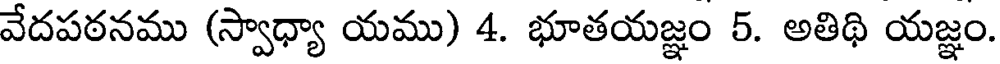
వేదపఠనము (స్వాధ్యా యము) 4. భూతయజ్ఞం 5. అతిథి యజ్ఞం.